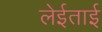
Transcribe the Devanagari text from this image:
लेईताई